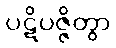
ပဋိပဇ္ဇိတွာ